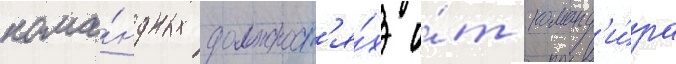
кома́ндных должност'я́х о́т команд'и́ра